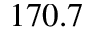
1 7 0 . 7